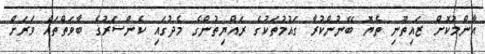
އާންމުކޮށް ޒައިތޫނި ތެޔޮ ބޭނުންކުރާ ގައުމުތަކުގެ ރައްޔިތުންގެ މެދުގައި ކެންސަރުގެ ބާވަތްތައް ވަރަށް